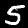
Label: 5